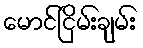
မောင်ငြိမ်းချမ်း